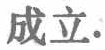
成立.